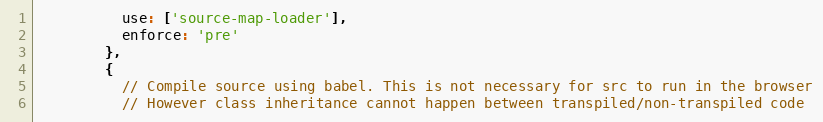
Language: JavaScript
          use: ['source-map-loader'],
          enforce: 'pre'
        },
        {
          // Compile source using babel. This is not necessary for src to run in the browser
          // However class inheritance cannot happen between transpiled/non-transpiled code